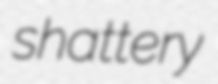
shattery